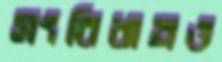
সংবিধানও